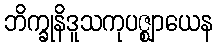
ဘိက္ခုနိဒူသကုပဇ္ဈာယေန